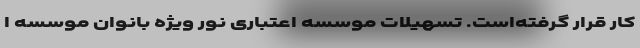
کار قرار گرفته‌است. تسهیلات موسسه اعتباری نور ویژه بانوان موسسه ا